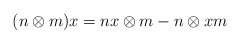
\begin{align*}(n\otimes m)x=nx\otimes m - n\otimes xm\end{align*}